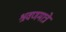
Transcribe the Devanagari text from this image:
श्रवणमात्रें